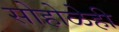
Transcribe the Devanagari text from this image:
सोहोळेही